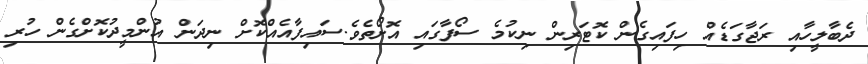
ދެބާލީހާއި ރަޖާގަޑެއް ހިފައިގެން ކޮޓަރިން ނިކުމެ ސޯފާގައި އޮށޯތެވެ.ސައިފާއެއްކޮށް ނިދަން އުންމީދުކޮށްގެން ހުރި